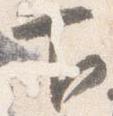
下